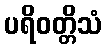
ပရိဝတ္တိသံ